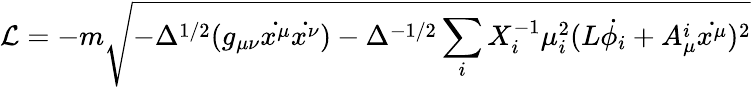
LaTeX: \mathcal{L}=-m\sqrt{-\Delta^{1/2}(g_{\mu\nu}\dot{x^{\mu}}\dot{x^{\nu}})-\Delta^{-1/2}\sum_{i}X_{i}^{-1}\mu_{i}^{2}(L\dot{\phi_{i}}+A_{\mu}^{i}\dot{x^{\mu}})^{2}}